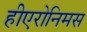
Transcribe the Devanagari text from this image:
हीएरोनिमस